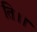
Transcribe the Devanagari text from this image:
ति।।